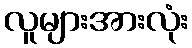
လူများအားလုံး